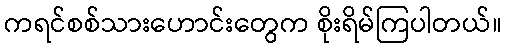
ကရင်စစ်သားဟောင်းတွေက စိုးရိမ်ကြပါတယ်။